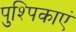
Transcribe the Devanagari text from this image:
पुश्पिकाएं